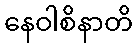
နေဝါစိနာတိ